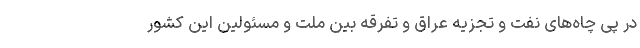
در پی چاه‌های نفت و تجزیه عراق و تفرقه بین ملت و مسئولین این کشور